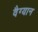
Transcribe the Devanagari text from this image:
वैग्यान